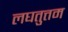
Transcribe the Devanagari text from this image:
लघतुत्तम